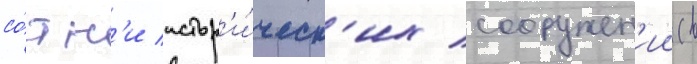
со́тн'и истор'и́ческ'их сооружен'ии (в